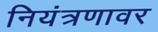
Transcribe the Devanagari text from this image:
नियंत्रणावर